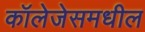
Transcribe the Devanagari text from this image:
कॉलेजेसमधील